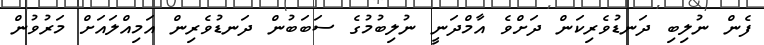
ފެން ނުލިބި ދަނޑުވެރިކަން ދަށްވެ އާމްދަނީ ނުލިބުމުގެ ސަބަބުން ދަނޑުވެރިން އަމިއްލައަށް މަރުވުން